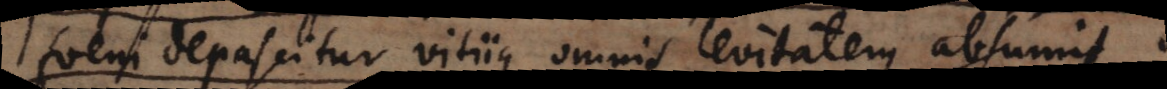
foeni depascitur vitiique omnis levitatem absumit.